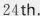
24th.